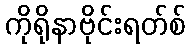
ကိုရိုနာဗိုင်းရတ်စ်